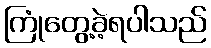
ကြုံတွေ့ခဲ့ရပါသည်